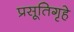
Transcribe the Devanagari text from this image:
प्रसूतिगृहे